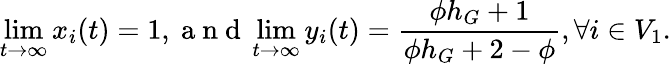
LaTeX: \operatorname*{lim}_{t\to\infty}x_{i}(t)=1,\mathrm{~a~n~d~}\operatorname*{lim}_{t\to\infty}y_{i}(t)=\frac{\phi h_{G}+1}{\phi h_{G}+2-\phi},\forall i\in V_{1}.